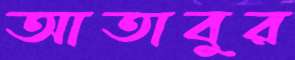
আতাবুর